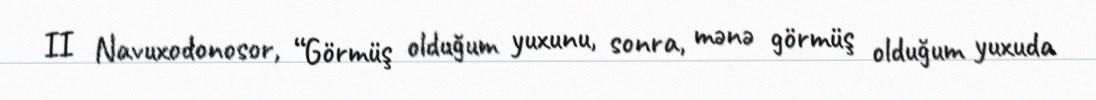
II Navuxodonosor, “Görmüş olduğum yuxunu, sonra, mənə görmüş olduğum yuxuda